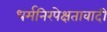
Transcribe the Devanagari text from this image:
धर्मनिरपेक्षतावादी